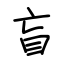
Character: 盲